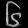
Digit: ၆